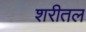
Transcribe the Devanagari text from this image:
शरीतल